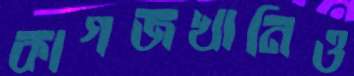
কাগজখানিও